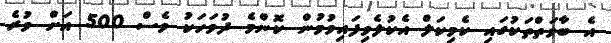
އެ ބާވަތްތަކުގައި ކެމިކަލް އެކުލެވިފައިވުމުން ކޮންމެ ދުވަހަކު ވެސް 500 އަށް ވުރެ